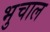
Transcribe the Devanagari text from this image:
भुचाल